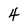
Character: 4